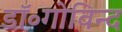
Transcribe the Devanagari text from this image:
डॉ॰गोविन्द